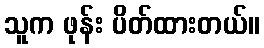
သူက ဖုန်း ပိတ်ထားတယ်။